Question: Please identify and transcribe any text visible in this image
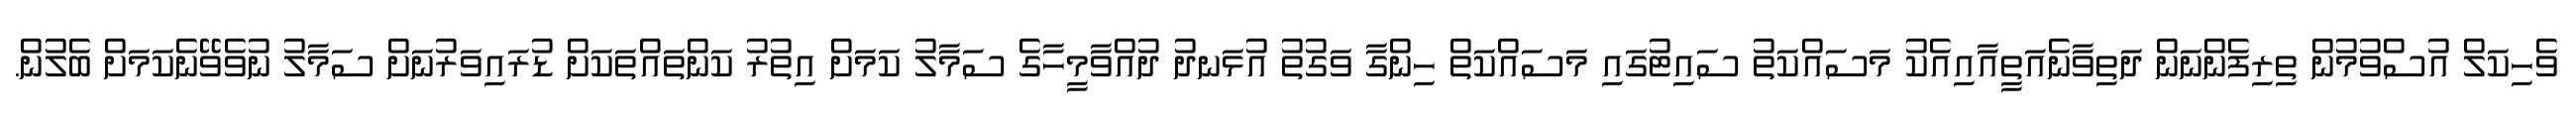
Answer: ވެހިކަލް އުސްވުމުން ތިރިފެންނަން ދަތިވާނެއަތީއާއިއެކު މަސައްކަތު ސައިޓުގައި މަސައްކަތް ހިންގާ ވަގުތު އުޅަނދު ދުއްވާމީހާގެ ސަމާލު ކަމަށް އިތުރު ކަންތައްތަކަށް ޑުރައިވަރުނަށް ސަމާލު ނުވެވޭނެކަމަށް ބެލުން.